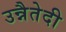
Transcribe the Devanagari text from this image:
उन्नैतेदी